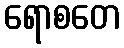
ရောစတေ